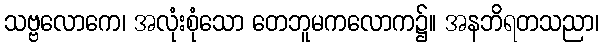
သဗ္ဗလောကေ၊ အလုံးစုံသော တေဘူမကလောက၌။ အနဘိရတသညာ၊